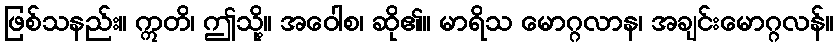
ဖြစ်သနည်း။ ဣတိ၊ ဤသို့။ အဝေါစ၊ ဆို၏။ မာရိသ မောဂ္ဂလာန၊ အချင်းမောဂ္ဂလန်။